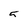
Character: 5